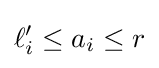
\ell _{i}'\leq a_{i}\leq r